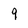
Character: 9